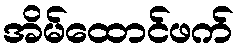
အိမ်ထောင်ဖက်